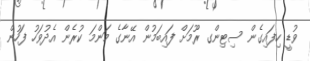
ވުޑީ ހިފައިގެން ސިޓިންގ ރޫމަށް ފައިބަމުން އޭނާގެ މަންމަ ކުރެން އެދުވަހު ފަހުން